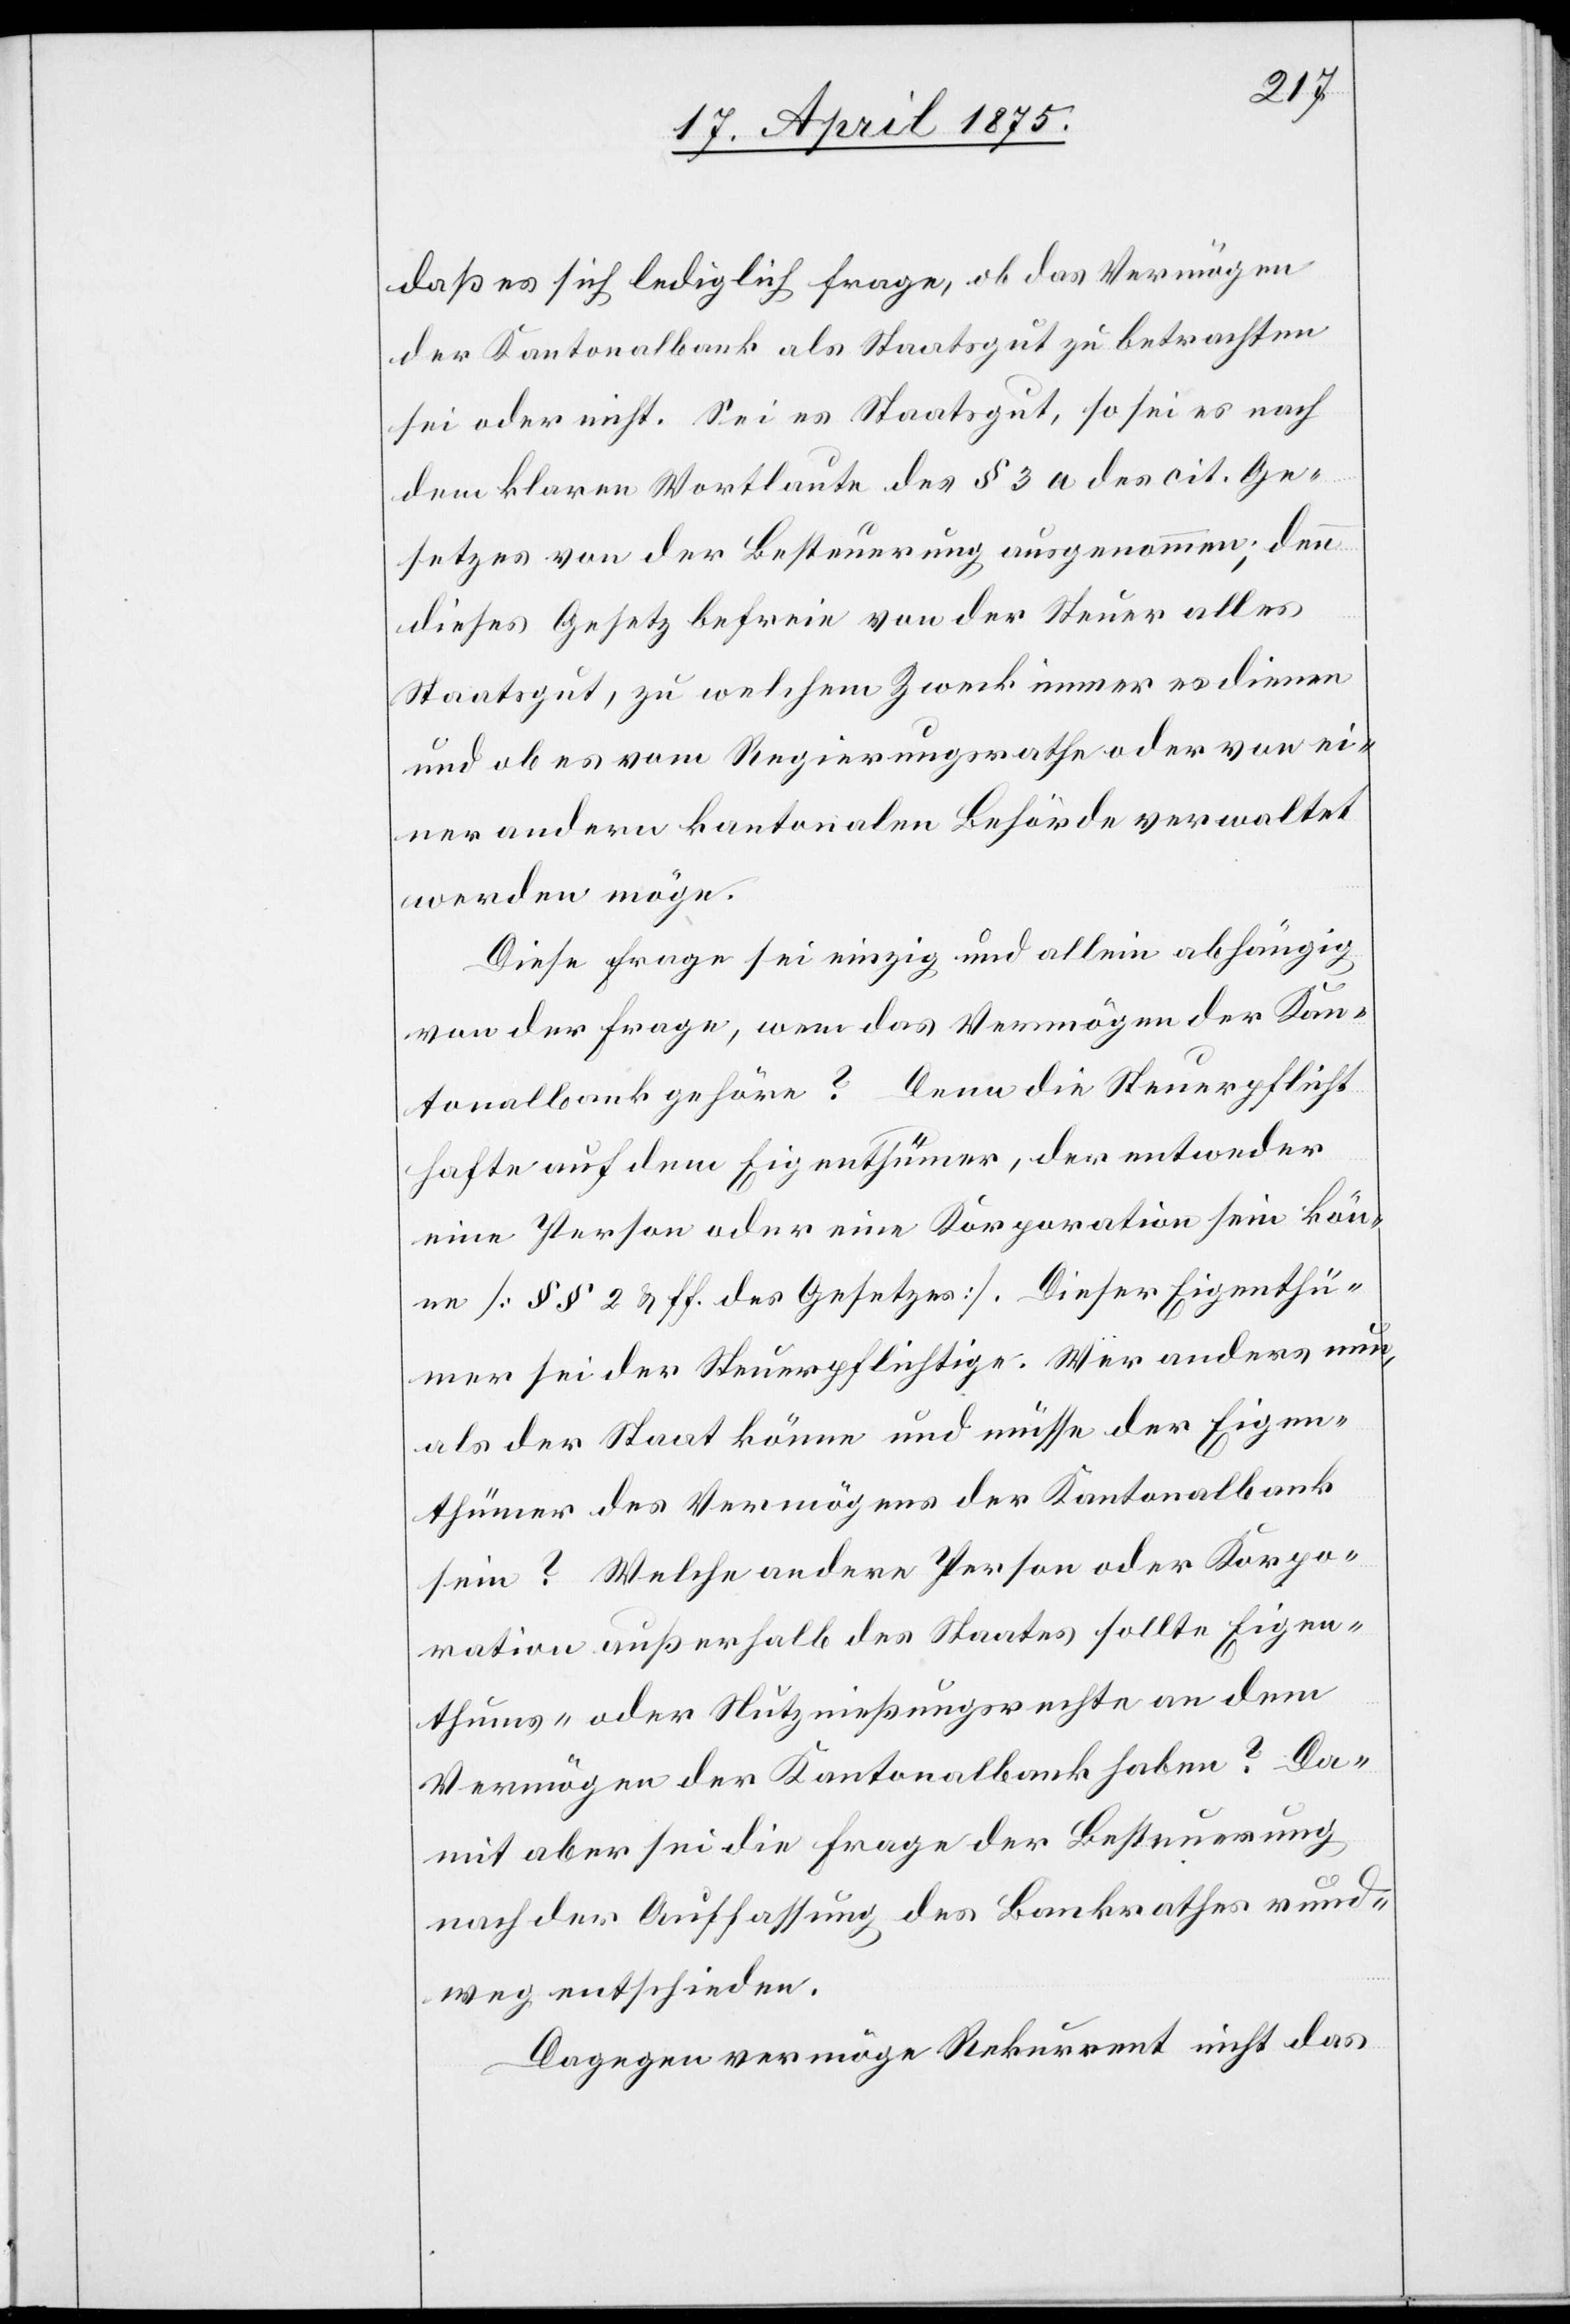
daß es sich lediglich frage, ob das Vermögen
der Kantonalbank als Staatsgut zu betrachten
sei oder nicht. Sei es Staatsgut, so sei es nach
dem klaren Wortlaute des § 3a des cit. Ge¬
setzes von der Besteuerung ausgenommen; denn
dieses Gesetz befreie von der Steuer alles
Staatsgut, zu welchem Zweck immer es dienen
und ob es vom Regierungsrathe oder von ei¬
ner andern kantonalen Behörde verwaltet
werden möge.
Diese Frage sei einzig und allein abhängig
von der Frage, wem das Vermögen der Kan¬
tonalbank gehöre? Denn die Steuerpflicht
hafte auf dem Eigenthümer, der entweder
eine Person oder eine Korporation sein kön¬
ne [§§ 2 & ff des Gesetzes]. Dieser Eigenthü¬
mer sei der Steuerpflichtige. Wer anders nun,
als der Staat könne und müsse der Eigen¬
thümer des Vermögens der Kantonalbank
sein? Welche andere Person oder Korpo¬
ration außerhalb des Staates sollte Eigen¬
thums- oder Nutznießungsrechte an dem
Vermögen der Kantonalbank haben? Da¬
mit aber sei die Frage der Besteuerung
nach der Auffassung des Bankrathes rund¬
weg entschieden.
Dagegen vermöge Rekurrent nicht das